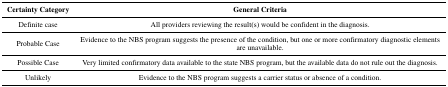
| Certainty Category | General Criteria |
 | --- | --- |
 | Definite case | All providers reviewing the result(s) would be confident in the diagnosis. |
 | Probable Case | Evidence to the NBS program suggests the presence of the condition, but one or more confirmatory diagnostic elements are unavailable. |
 | Possible Case | Very limited confirmatory data available to the state NBS program, but the available data do not rule out the diagnosis. |
 | Unlikely | Evidence to the NBS program suggests a carrier status or absence of a condition. |